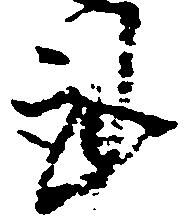
謹